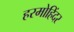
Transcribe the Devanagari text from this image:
हरमोहिंदर